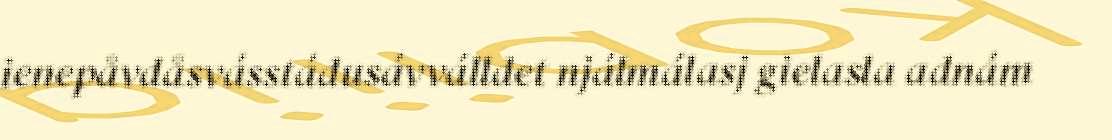
ienepåvdåsvásstádusávválldet njálmálasj gielasla adnám